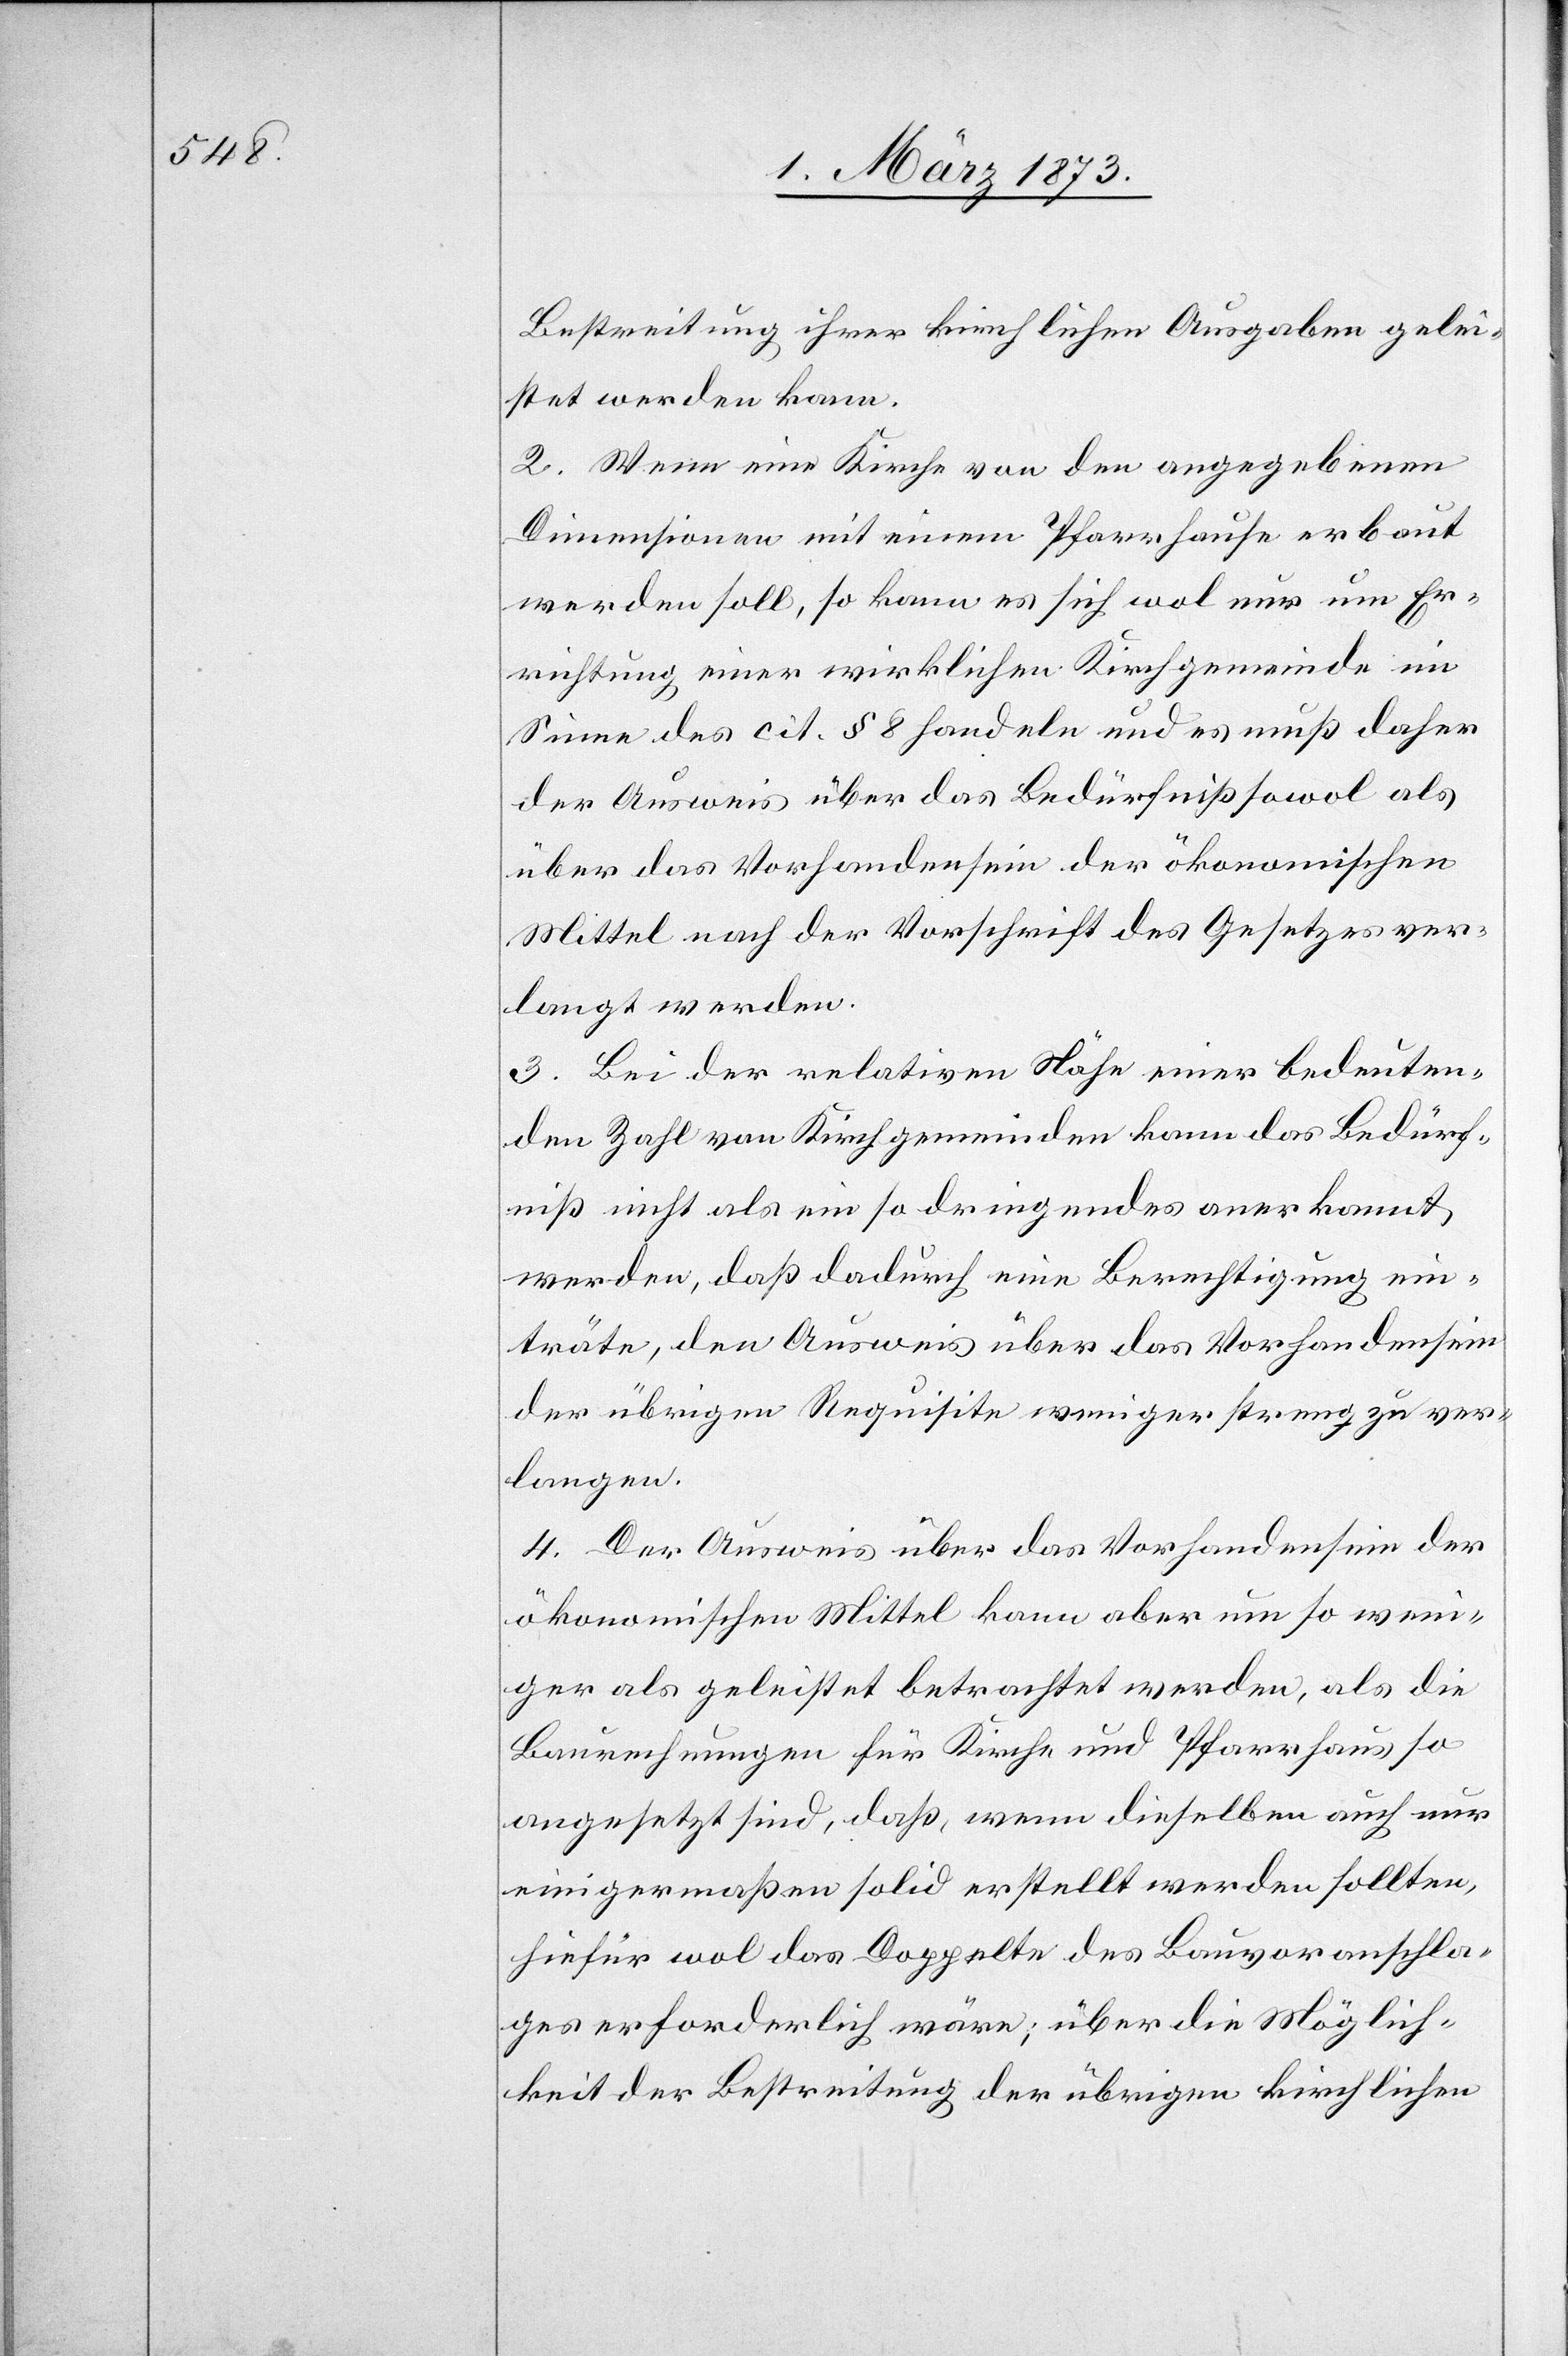
Bestreitung ihrer kirchlichen Ausgaben gelei¬
stet werden kann.
2. Wenn eine Kirche von den angegebenen
Dimensionen mit einem Pfarrhause erbaut
werden soll, so kann es sich wol nur um Er¬
richtung einer wirklichen Kirchgemeinde im
Sinne des cit. § 8 handeln und es muß daher
der Ausweis über das Bedürfniß sowol als
über das Vorhandensein der ökonomischen
Mittel nach der Vorschrift des Gesetzes ver¬
langt werden.
3. Bei der relativen Nähe einer bedeuten¬
den Zahl von Kirchgemeinden kann das Bedürf¬
niß nicht als ein so dringendes anerkannt
werden, daß dadurch eine Berechtigung ein¬
träte, den Ausweis über das Vorhandensein
der übrigen Requisite weniger streng zu ver¬
langen.
4. Der Ausweis über das Vorhandensein der
ökonomischen Mittel kann aber um so weni¬
ger als geleistet betrachtet werden, als die
Baurechnungen für Kirche und Pfarrhaus so
angesetzt sind, daß, wenn dieselben auch nur
einigermaßen solid erstellt werden sollten,
hiefür wol das Doppelte des Bauvoranschla¬
ges erforderlich wäre; über die Möglich¬
keit der Bestreitung der übrigen kirchlichen